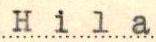
Hila